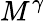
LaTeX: M^{\gamma}